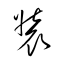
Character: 装